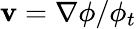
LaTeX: \mathbf{v}=\nabla\phi/\phi_{t}